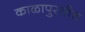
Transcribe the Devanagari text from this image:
काळापुरतीच